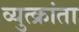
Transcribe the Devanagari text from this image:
व्युत्क्रांता